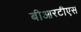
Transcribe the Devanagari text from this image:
बीआरटीएस